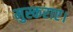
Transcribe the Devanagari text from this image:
मुस्कराए।